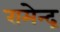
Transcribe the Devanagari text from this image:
रामेन्द्र